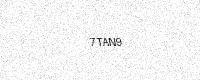
Text: 7TAN9